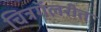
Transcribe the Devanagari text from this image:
चित्रगॅलरीत